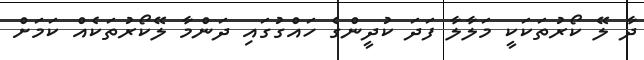
ދާ ލޭ ކޯރުތަކަކީ މަލާލާ ފަދަ ކުދީންގެ ހައްގުގައި ދަންމާ ލޭކޯރުތަކެއް ކަމަށް